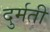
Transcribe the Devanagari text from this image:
दुर्मती